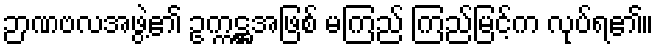
ဉာဏဗလအဖွဲ့၏ ဥက္ကဋ္ဌအဖြစ် မကြည် ကြည်မြင့်က လုပ်ရ၏။